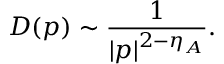
D ( p ) \sim \frac { 1 } { | p | ^ { 2 - \eta _ { A } } } .